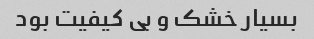
بسیار خشک و بی کیفیت بود